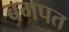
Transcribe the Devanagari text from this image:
बगपत